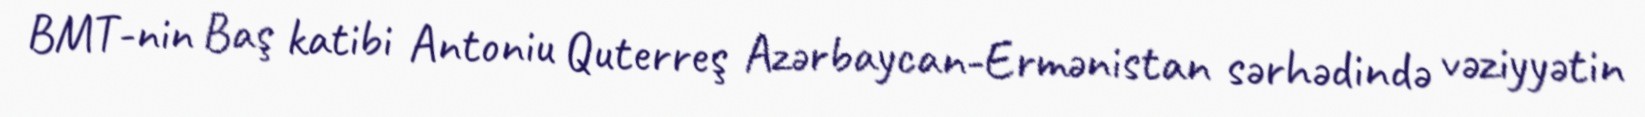
BMT-nin Baş katibi Antoniu Quterreş Azərbaycan-Ermənistan sərhədində vəziyyətin